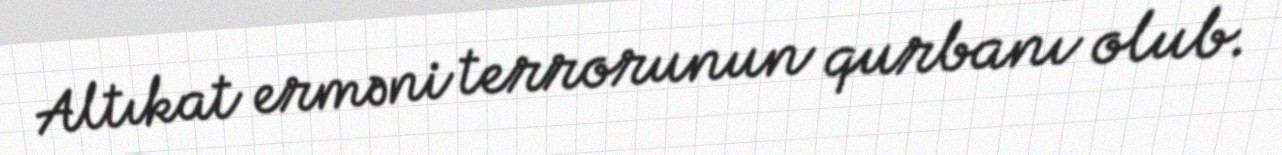
Altıkat erməni terrorunun qurbanı olub.